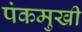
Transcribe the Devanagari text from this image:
पंकमुखी